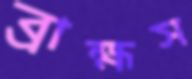
ব্রাহ্মস